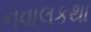
નવાલકથા